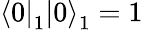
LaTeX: \left\langle 0\right|_{1}\left|0\right\rangle_{1}=1